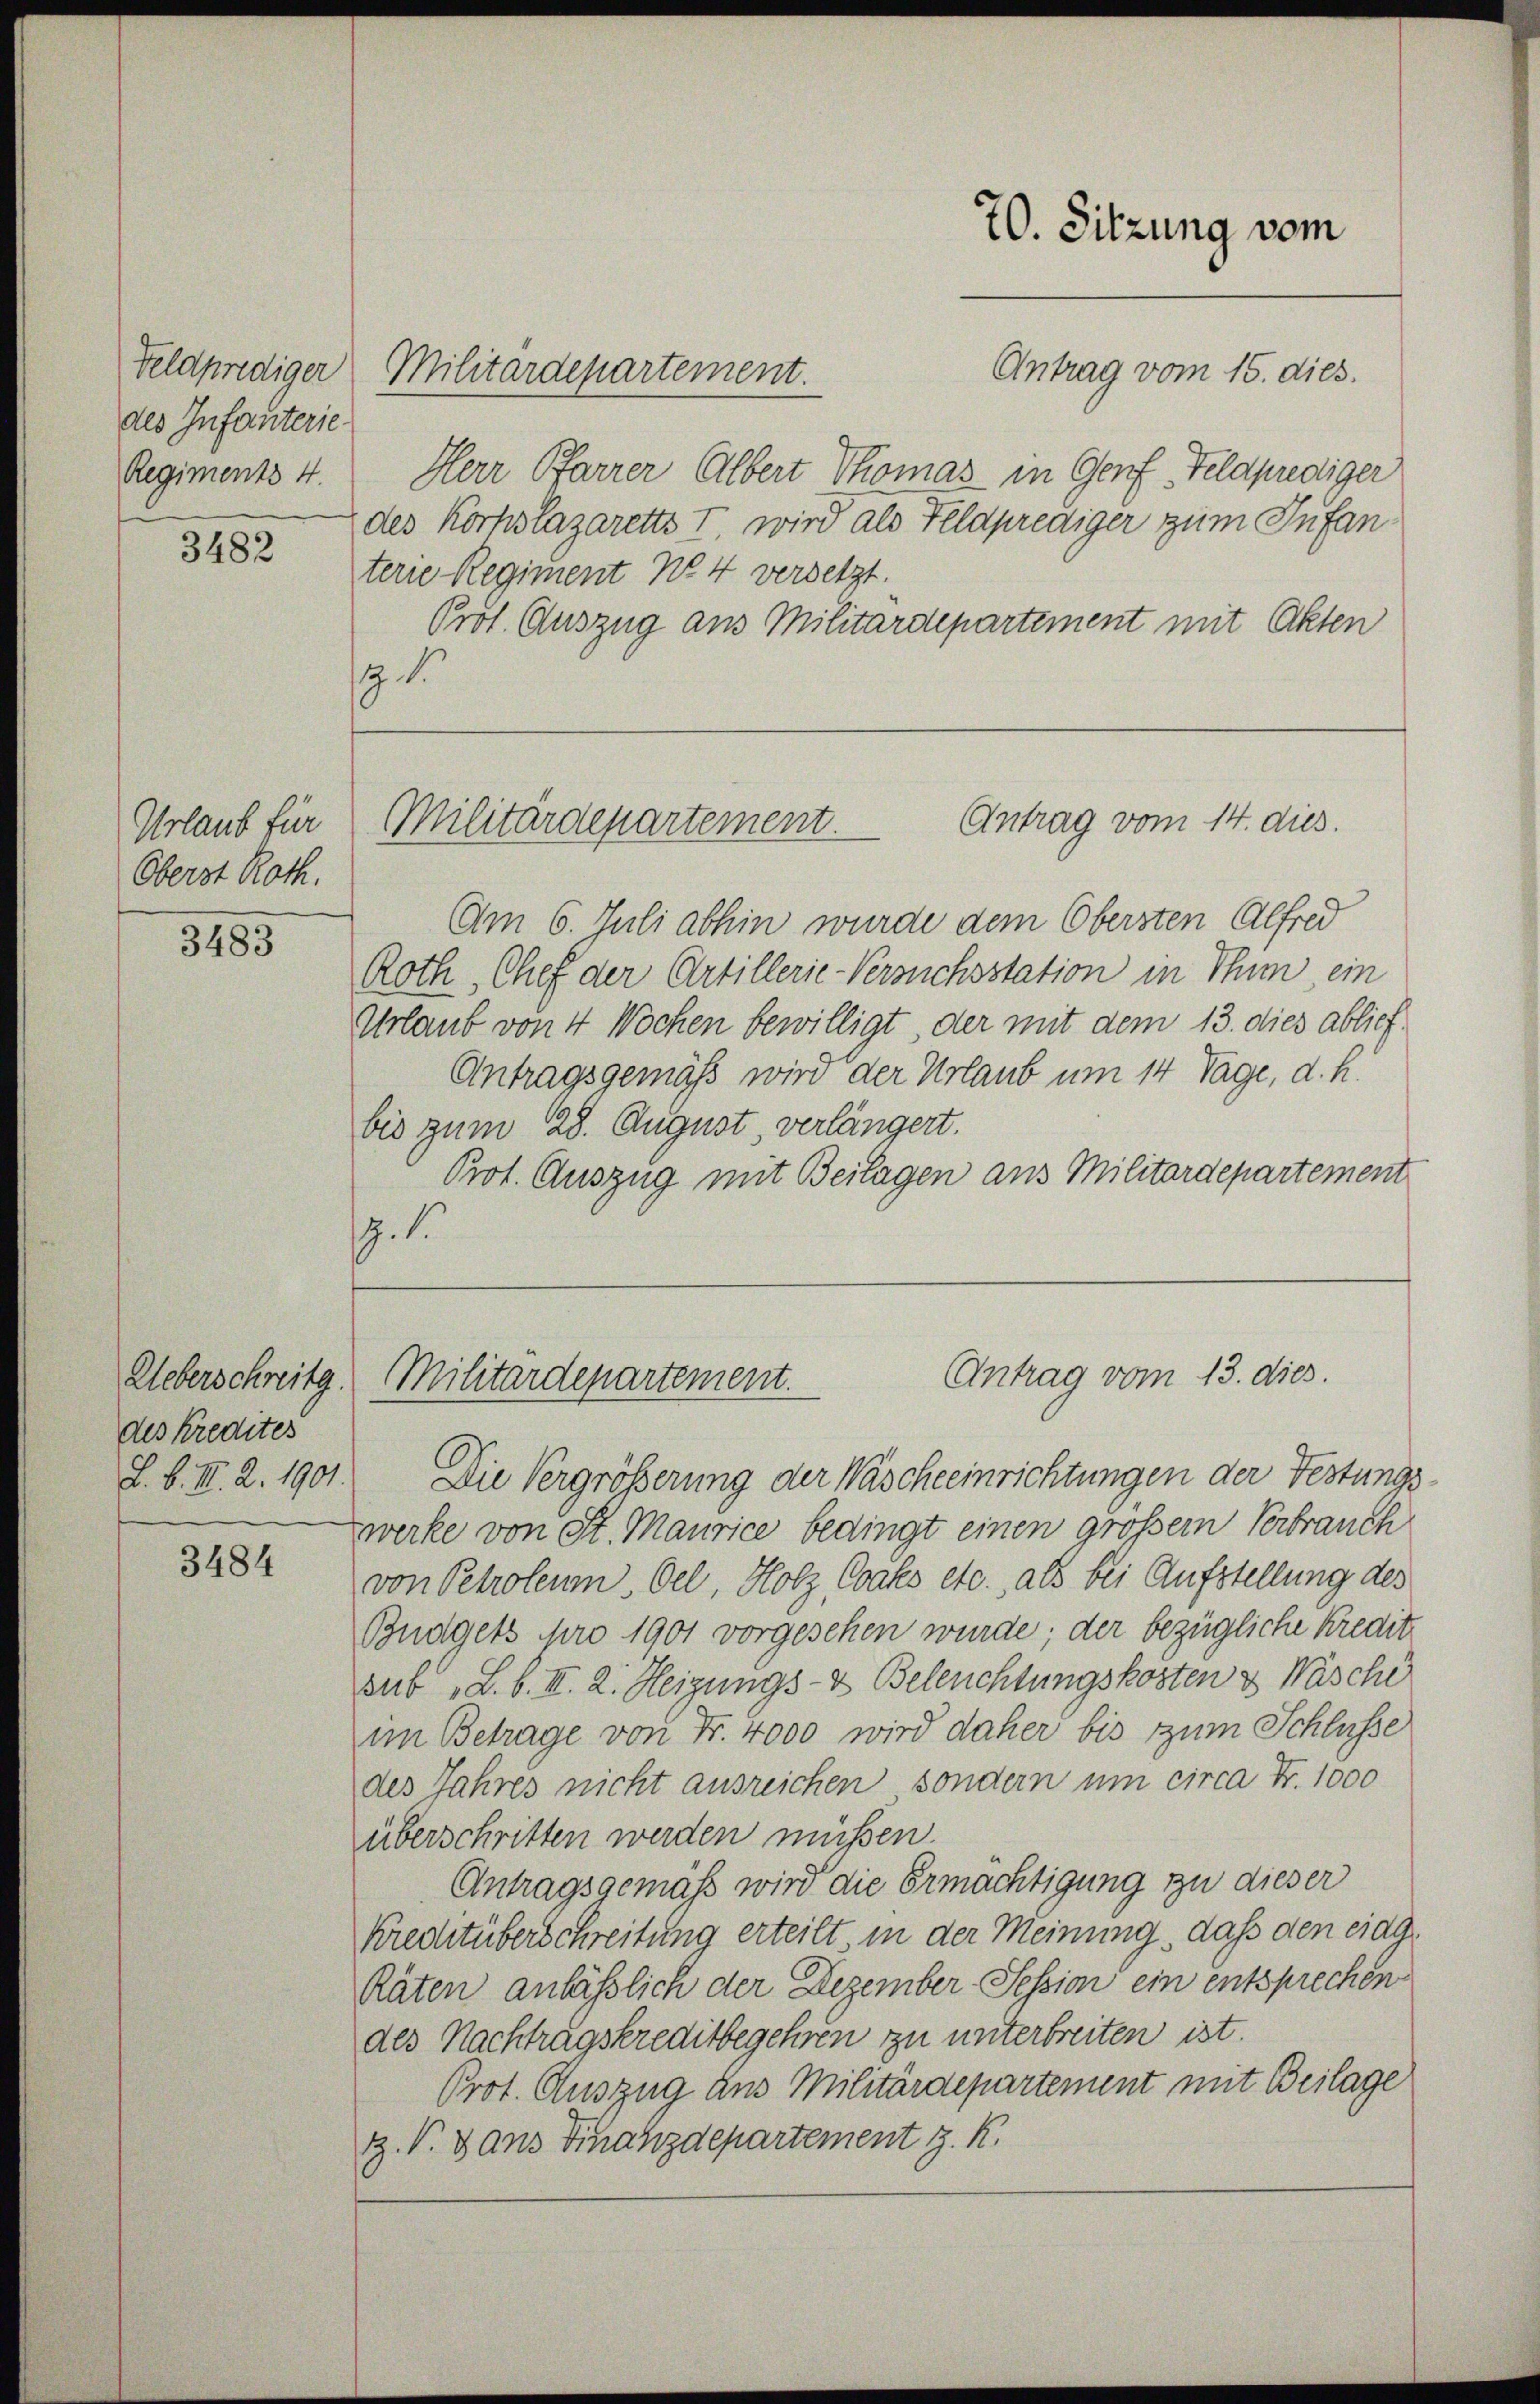
des Infanterie
Regiments 4.

3482

Urlaub für
Oberst Roth.

3483

des Kredites

3484

Feldprediger Militärdepartement.

Antrag vom 15. dies.
Herr Pfarrer Albert Thomas in Genf Feldprediger
des Korpslazaretts I, wird als Feldprediger zum Infanterie Regiment No 4 versetzt.
Prot. Auszug aus Militärdepartement mit Akten

Am 6. Juli abhin wurde dem Obersten Alfred
Roth, Chef der Artillerie-Versuchsstation in Thun ein
Urlaub von 4 Wochen bewilligt, der mit dem 13. dies ablief
Antragsgemäß wird der Urlaub um 14 Tage, d. h.
bis zum 28. August, verlängert.
Prot. Auszug mit Beilagen aus Militärdepartement
.1

70. Sitzung vom

Militärdepartement. Antrag vom 14. dies.

Antrag vom 13. dies.
Ueberschreitg. Militärdepartement.

S. S. III. 2. 1901. Die Vergrößerung der Wäscheeinrichtungen der Festungszwerke von St. Maurice bedingt einen großem Verbrauch
von Petroleum, Oel, Holz Coaks etc., als bei Aufstellung des
Budgets pro 1901 vorgesehen wurde; der bezügliche Kredit
sub „L. b. III. 2. Heizungs- & Beleuchtungskosten & Wäsche
im Betrage von Fr. 4000 wird daher bis zum Schlüsse
des Jahres nicht ausreichen, sondern um circa Fr. 1000
überschritten werden müssen.
Antragsgemäß wird die Ermächtigung zu dieser
Kreditüberschreitung erteilt in der Meinung, daß den eing¬
Räten anlässlich der Dezember Session ein entsprechendes Nachtragskreditbegehren zu unterbreiten ist.
Prot. Auszug aus Militärdepartement mit Beilage
z. V. 3 ans Finanzdepartement J. K.